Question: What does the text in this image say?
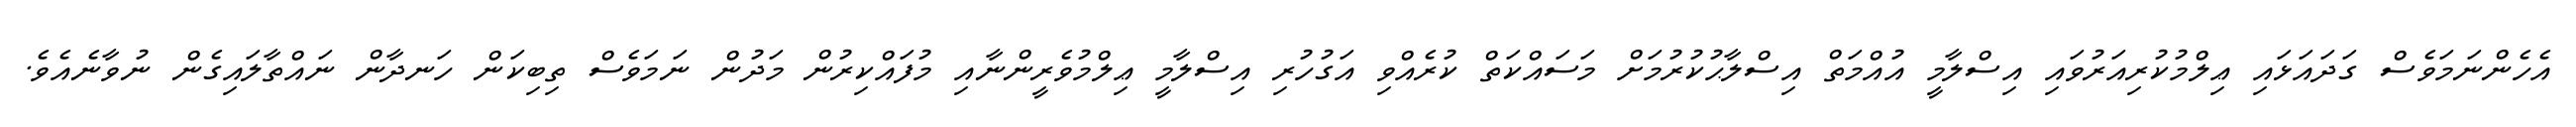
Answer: އެހެންނަމަވެސް ގަދައަޅައި ޢިލްމުކުރިއަރުވައި އިސްލާމީ އުއްމަތް އިސްލާޙުކުރުމަށް މަސައްކަތް ކުރެއްވި އަގުހުރި އިސްލާމީ ޢިލްމުވެރީންނާއި މުފައްކިރުން މަދުން ނަމަވެސް ތިބިކަން ހަނދާން ނައްތާލައިގެން ނުވާނެއެވެ.